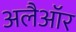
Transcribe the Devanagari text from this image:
अलैऑर